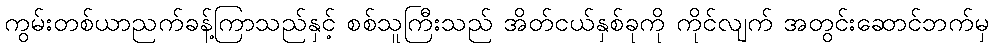
ကွမ်းတစ်ယာညက်ခန့်ကြာသည်နှင့် စစ်သူကြီးသည် အိတ်ငယ်နှစ်ခုကို ကိုင်လျက် အတွင်းဆောင်ဘက်မှ